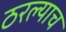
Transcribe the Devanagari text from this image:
ठरल्याच